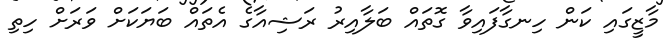
މާޒީގައި ކަން ހިނގާފައިވާ ގޮތައް ބަލާއިރު ރަޝިއާގެ އެތައް ބަޔަކަށް ވަރަށް ހިތި